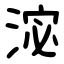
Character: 淧